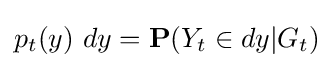
p_{t}(y)\ dy={\bf {P}}(Y_{t}\in dy|G_{t})